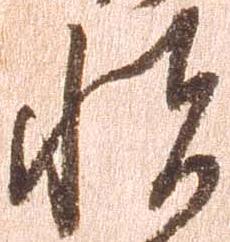
悦